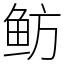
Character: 鲂